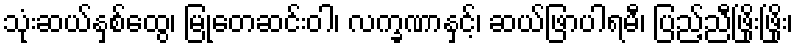
သုံးဆယ်နှစ်ထွေ၊ မြုတေဆင်းဝါ၊ လက္ခဏာနှင့်၊ ဆယ်ဖြာပါရမီ၊ ပြည့်ညီဖြိုးဖြိုး၊